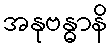
အနုဗန္ဓာနိ